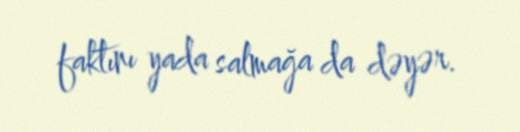
faktını yada salmağa da dəyər.